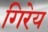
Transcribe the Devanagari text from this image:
गिरेय